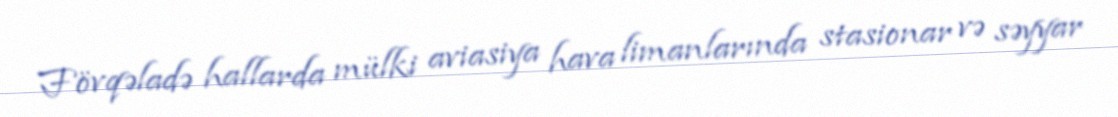
Fövqəladə hallarda mülki aviasiya hava limanlarında stasionar və səyyar